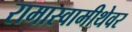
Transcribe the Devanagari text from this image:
रामास्वामीथेवर